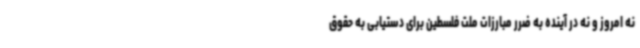
نه امروز و نه در آینده به ضرر مبارزات ملت فلسطین برای دستیابی به حقوق